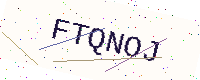
Text: FTQNOJ